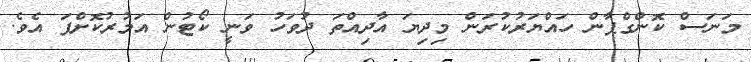
މަނަސް ކޮންގްޕާން ހައްޔަރުކުރަން މިދިޔަ އާދިއްތަ ދުވަހު ވަނީ ކޯޓުން އަމުރުކޮށްފަ އެވެ.